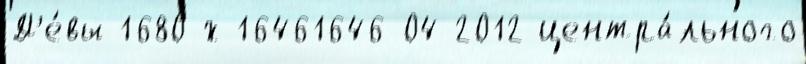
Д'е́вы 1680-х 16461646-04-2012 центра́льного